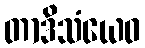
တာဒိသံယေဝ